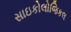
સાઇકોલોજિકલ